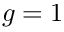
g = 1